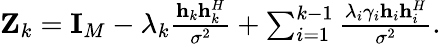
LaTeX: \begin{array}{r}{{{\mathbf{Z}}_{k}}={{\mathbf{I}}_{M}}-{\lambda_{k}}\frac{{{{\mathbf{h}}_{k}}{\mathbf{h}}_{k}^{H}}}{{{\sigma^{2}}}}+\sum_{i=1}^{k-1}{\frac{{{\lambda_{i}}{\gamma_{i}}{{\mathbf{h}}_{i}}{\mathbf{h}}_{i}^{H}}}{{{\sigma^{2}}}}}.}\end{array}